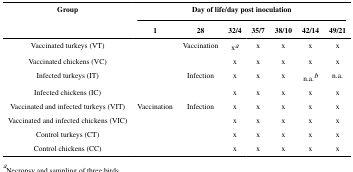
| Group | <COLSPAN=7> Day of life/day post inoculation |
 |  | 1 | 28 | 32/4 | 35/7 | 38/10 | 42/14 | 49/21 |
 | --- | --- | --- | --- | --- | --- | --- | --- |
 | Vaccinated turkeys (VT) |  | Vaccination | xa | x | x | x | x |
 | Vaccinated chickens (VC) |  |  | x | x | x | x | x |
 | Infected turkeys (IT) |  | Infection | x | x | x | n.a.b | n.a. |
 | Infected chickens (IC) |  |  | x | x | x | x | x |
 | Vaccinated and infected turkeys (VIT) | Vaccination | Infection | x | x | x | x | x |
 | Vaccinated and infected chickens (VIC) |  |  | x | x | x | x | x |
 | Control turkeys (CT) |  |  | x | x | x | x | x |
 | Control chickens (CC) |  |  | x | x | x | x | x |